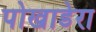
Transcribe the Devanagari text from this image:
पोखाडेरा